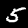
Digit: 5